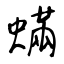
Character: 蟎